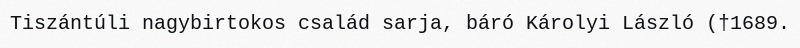
Tiszántúli nagybirtokos család sarja, báró Károlyi László (†1689.